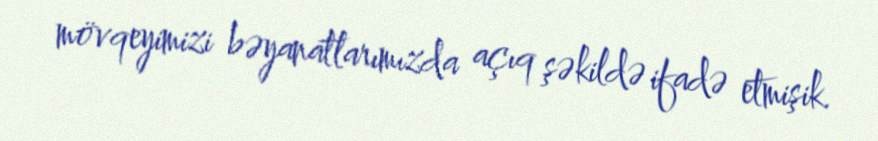
mövqeyimizi bəyanatlarımızda açıq şəkildə ifadə etmişik.